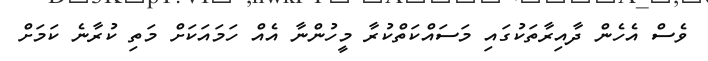
ވެސް އެހެން ދާއިރާތަކުގައި މަސައްކަތްކުރާ މީހުންނާ އެއް ހަމައަކަށް މަތި ކުރާނެ ކަމަށް